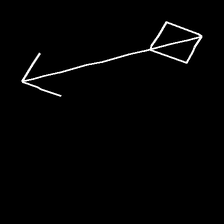
Glyph: focus